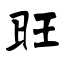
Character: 旺